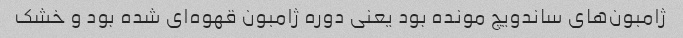
ژامبون‌های ساندویچ مونده بود یعنی دوره ژامبون قهوه‌ای شده بود و خشک